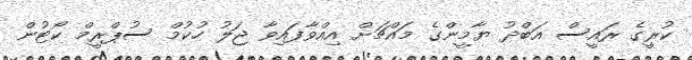
ކުރީގެ ރައީސް އަބްދު ޔާމީންގެ މައްޗަށް އިއްވާފައިވާ ޖަލު ހުކުމް ސުޕްރީމް ކޯޓުން